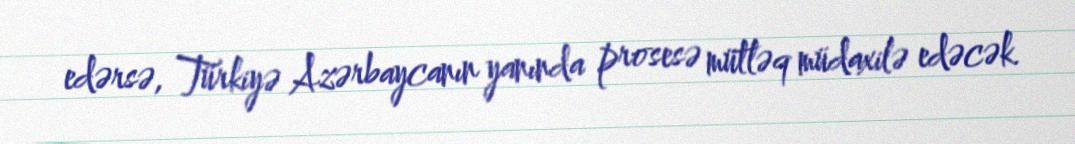
edərsə, Türkiyə Azərbaycanın yanında prosesə mütləq müdaxilə edəcək.